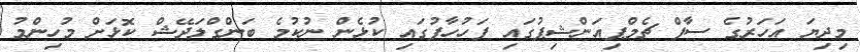
މިދިޔަ އަހަރުގެ ސާފް ޗެމްޕިއަންޝިޕުގައި ފަހުހާފުގައި ކުޅެން ނުކުމެ ބަންގްލަދޭޝް ކޮޅަށް މުހިންމު